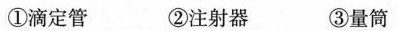
①滴定管②注射器③量筒